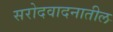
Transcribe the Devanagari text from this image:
सरोदवादनातील